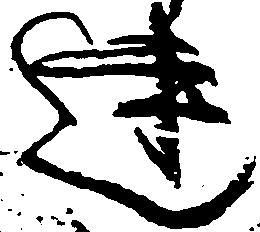
連